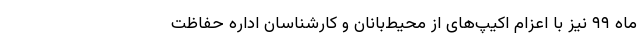
ماه ۹۹ نیز با اعزام اکیپ‌های از محیط‌بانان و کارشناسان اداره حفاظت